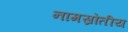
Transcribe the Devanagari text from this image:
नामस्रोतीय